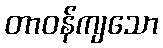
တာဝန်ကျသော